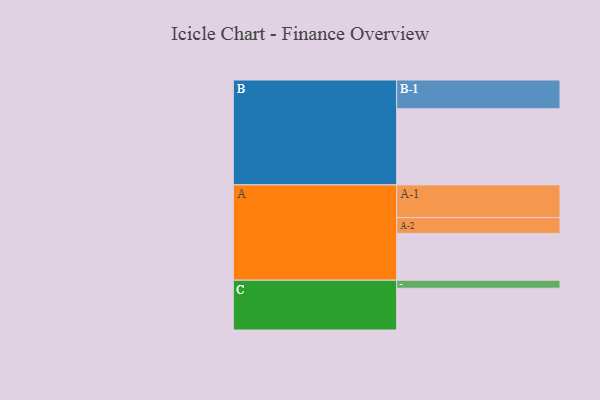
{"axis": {"x": "Segment", "y": "Value"}, "legend": ["", "A", "B", "C"], "data": [{"x": "A", "y": 362, "type": ""}, {"x": "B", "y": 588, "type": ""}, {"x": "C", "y": 323, "type": ""}, {"x": "A-1", "y": 253, "type": "A"}, {"x": "A-2", "y": 122, "type": "A"}, {"x": "B-1", "y": 223, "type": "B"}, {"x": "C-1", "y": 62, "type": "C"}]}